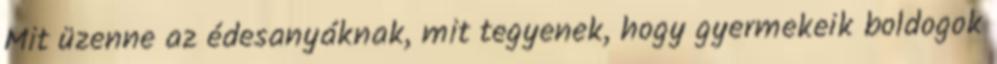
Mit üzenne az édesanyáknak, mit tegyenek, hogy gyermekeik boldogok